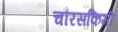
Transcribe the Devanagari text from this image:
चौरसकिमी